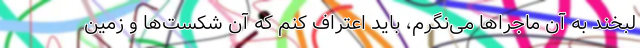
لبخند به آن ماجراها می‌نگرم، باید اعتراف کنم که آن شکست‌ها و زمین